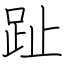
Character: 趾